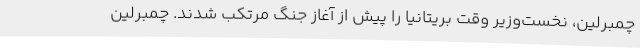
چمبرلین، نخست‌وزیر وقت بریتانیا را پیش از آغاز جنگ مرتکب شدند. چمبرلین